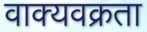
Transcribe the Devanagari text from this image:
वाक्यवक्रता